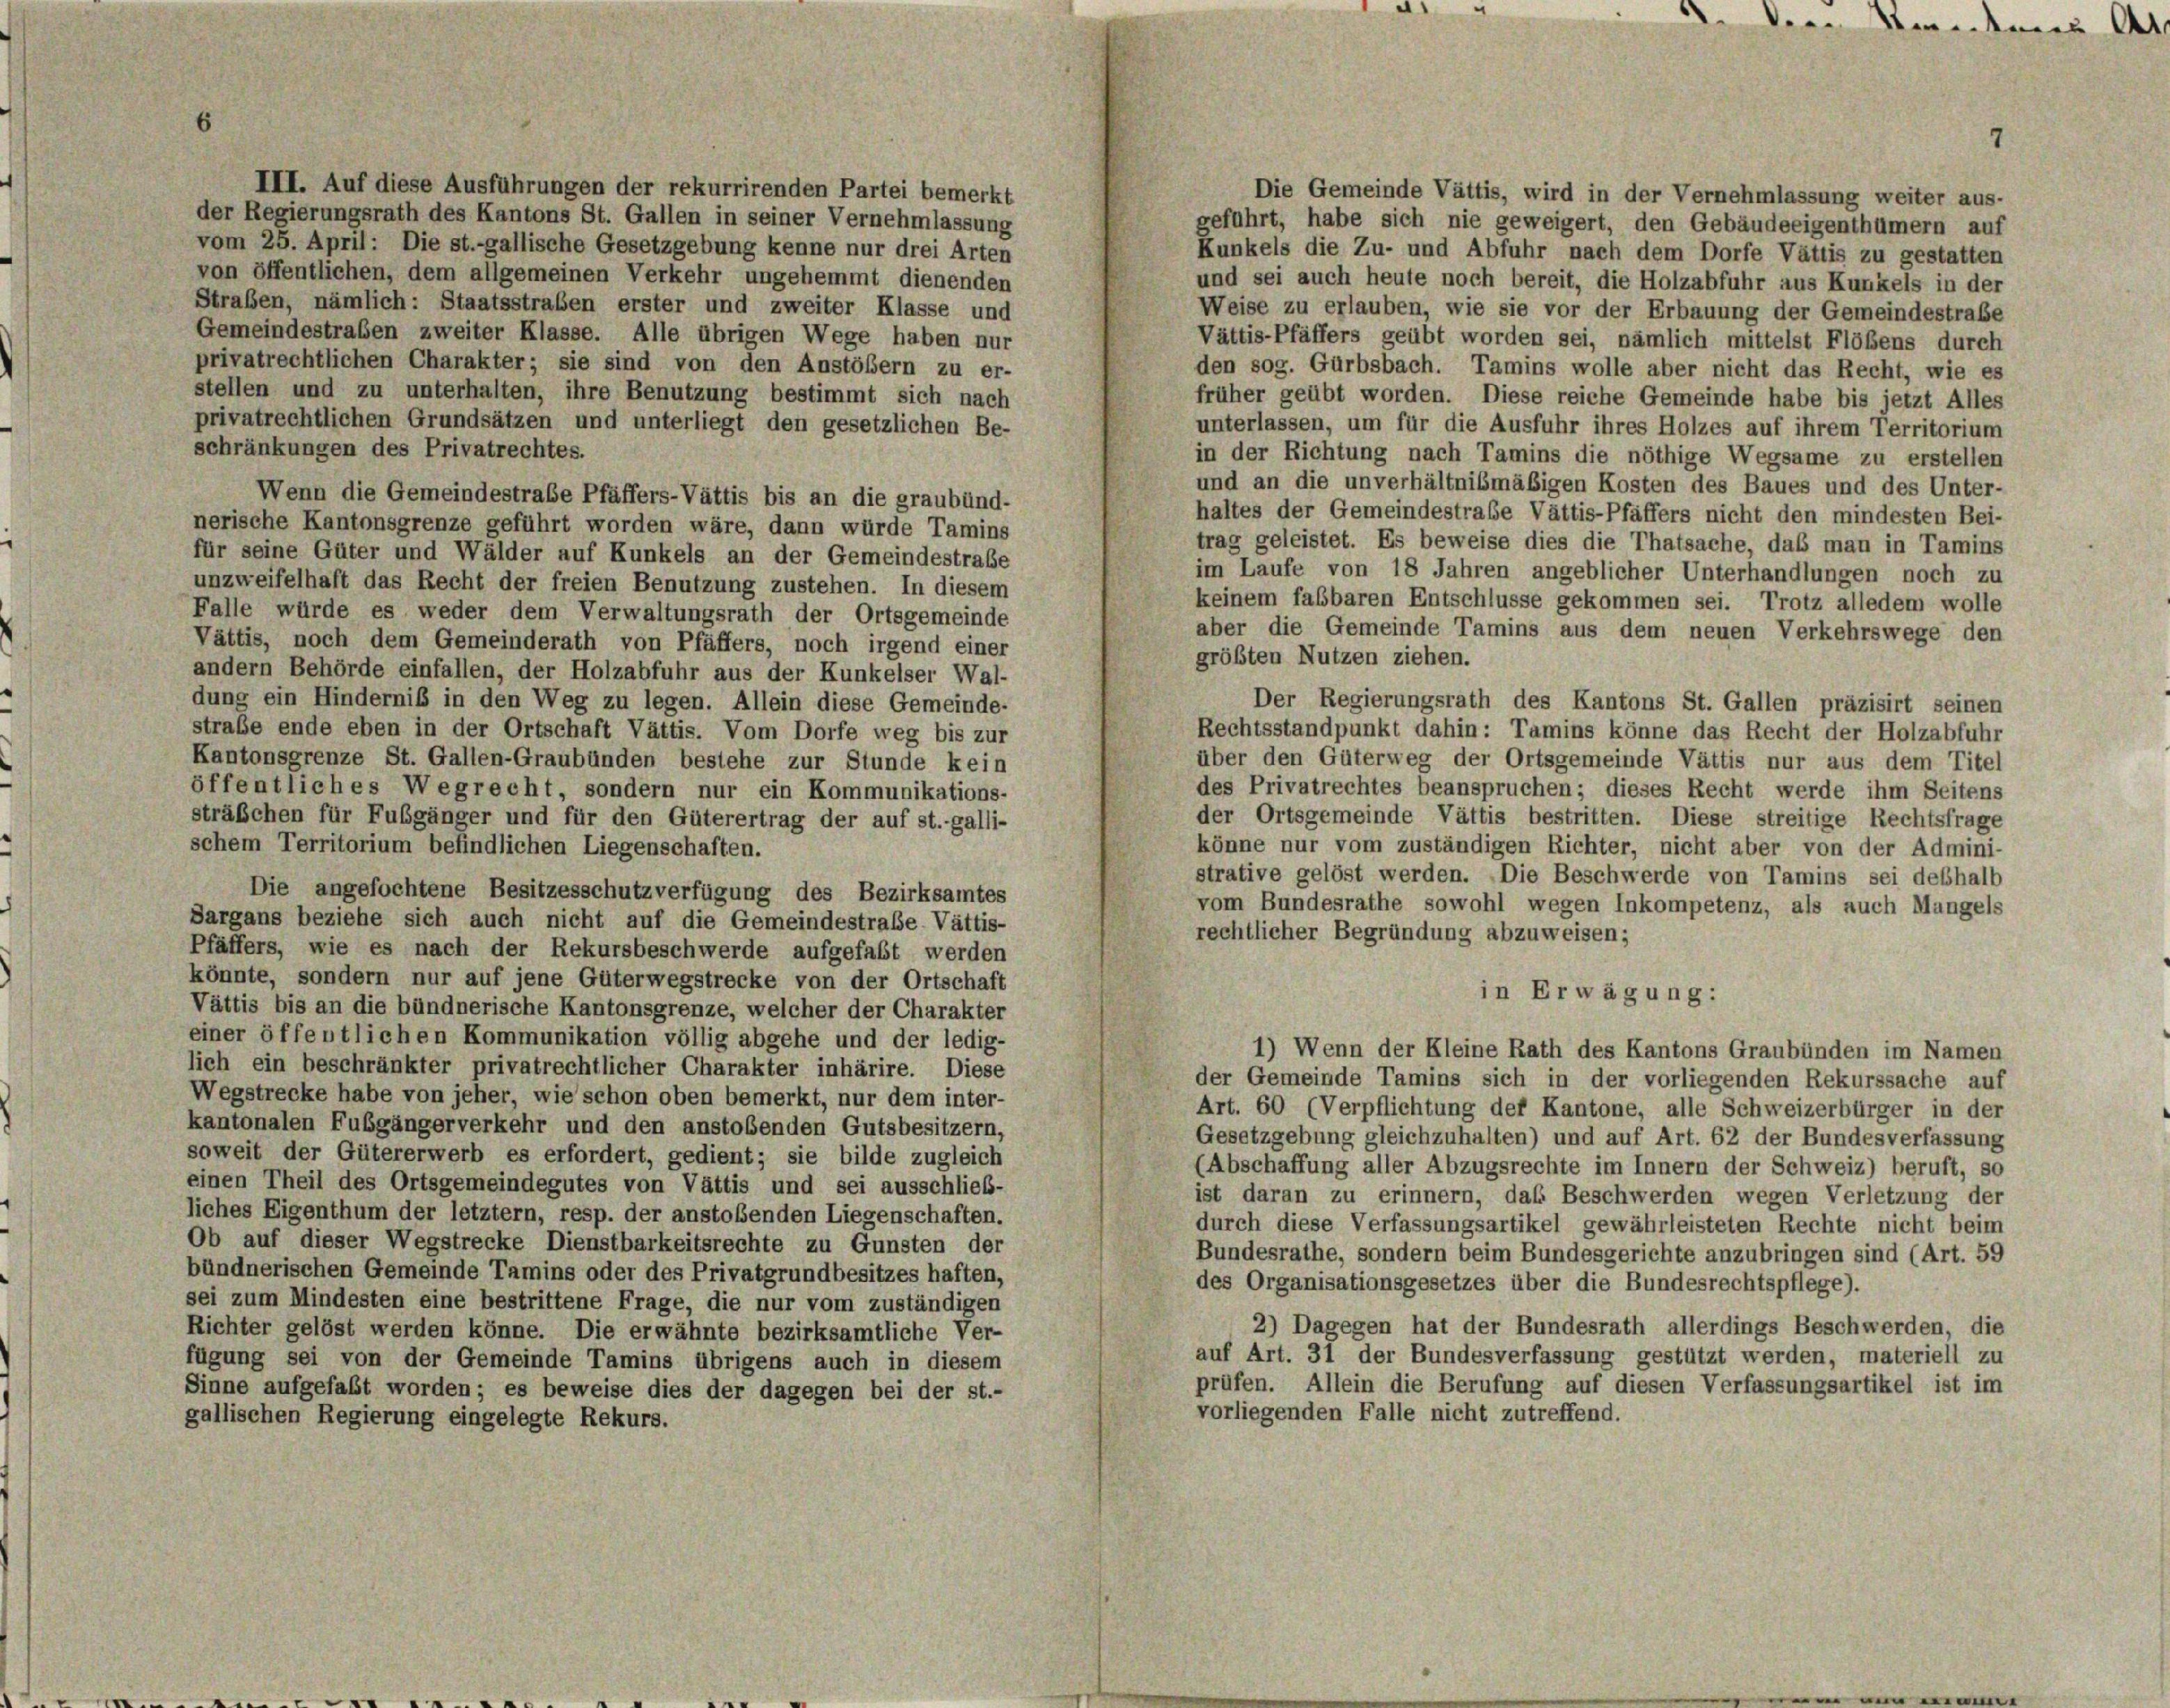
III. Auf diese Ausführungen der rekurrirenden Partei bemerkt

a

Die Gemeinde Vättis, wird in der Vernehmlassung weiter aus-
der Regierungsrath des Kantons St. Gallen in seiner Vernehmlassung
geführt, habe sich nie geweigert, den Gebäudeeigenthümern auf
vom 25. April: Die st.-gallische Gesetzgebung kenne nur drei Arten
Kunkels die Zu- und Abfuhr nach dem Dorfe Vättis zu gestatten
von öffentlichen, dem allgemeinen Verkehr ungehemmt dienenden
und sei auch heute noch bereit, die Holzabfuhr aus Kunkels in der
Straßen, nämlich: Staatsstraben erster und zweiter Klasse und
Weise zu erlauben, wie sie vor der Erbauung der Gemeindestrabe
Gemeindestraßen zweiter Klasse. Alle übrigen Wege haben nur
Vättis-Pfäffers geübt worden sei, nämlich mittelst Flößens durch
privatrechtlichen Charakter; sie sind von den Anstößern zu er-
den sog. Gürbsbach. Tamins wolle aber nicht das Recht, wie es
stellen und zu unterhalten, ihre Benutzung bestimmt sich nach
früher geübt worden. Diese reiche Gemeinde habe bis jetzt Alles
privatrechtlichen Grundsätzen und unterliegt den gesetzlichen Be-
unterlassen, um für die Ausfuhr ihres Holzes auf ihrem Territorium
schränkungen des Privatrechtes.
in der Richtung nach Tamins die nöthige Wegsame zu erstellen
und an die unverhältnismäßigen Kosten des Baues und des Unter-
Wenn die Gemeindestrabe Pfäffers-Vättis bis an die graubünd-
haltes der Gemeindestrafe Vättis-Pfäffers nicht den mindesten Bei-
nerische Kantonsgrenze geführt worden wäre, dann würde Tamins
trag geleistet. Es beweise dies die Thatsache, daß man in Tamins
für seine Güter und Wälder auf Kunkels an der Gemeindestraße
im Laufe von 18 Jahren angeblicher Unterhandlungen noch zu
unzweifelhaft das Recht der freien Benutzung zustehen. In diesem
keinem fabbaren Entschlüsse gekommen sei. Trotz alledem wolle
Falle würde es weder dem Verwaltungsrath der Ortsgemeinde
aber die Gemeinde Tamins aus dem neuen Verkehrswege den
Vättis, noch dem Gemeinderath von Pfäffers, noch irgend einer
größten Nutzen ziehen.
andern Behörde einfallen, der Holzabfuhr aus der Kunkelser Wal-
dung ein Hinderniß in den Weg zu legen. Allein diese Gemeinde-
Der Regierungsrath des Kantons St. Gallen präzisirt seinen
straße ende eben in der Ortschaft Vättis. Vom Dorfe weg bis zur
Rechtsstandpunkt dahin: Tamins könne das Recht der Holzabfuhr
Kantonsgrenze St. Gallen-Graubünden bestehe zur Stunde kein
über den Güterweg der Ortsgemeinde Vättis nur aus dem Titel
des Privatrechtes beanspruchen; dieses Recht werde ihm Seitens
öffentliches Wegrecht, sondern nur ein Kommunikations-
der Ortsgemeinde Vättis bestritten. Diese streitige Rechtsfrage
sträßchen für Fubgänger und für den Güterertrag der auf st. galli-
schem Territorium befindlichen Liegenschaften.
könne nur vom zuständigen Richter, nicht aber von der Admini-
strative gelöst werden. Die Beschwerde von Tamins sei deßhalb
Die angefochtene Besitzesschutzverfügung des Bezirksamtes
vom Bundesrathe sowohl wegen Inkompetenz, als auch Mangels
Sargans beziehe sich auch nicht auf die Gemeindestraße Vättis-
rechtlicher Begründung abzuweisen;
Pfäffers, wie es nach der Rekursbeschwerde aufgefaßt werden
könnte, sondern nur auf jene Güterwegstrecke von der Ortschaft
in Erwägung:
Vättis bis an die bündnerische Kantonsgrenze, welcher der Charakter
einer öffentlichen Kommunikation völlig abgehe und der ledig-
1) Wenn der Kleine Rath des Kantons Graubünden im Namen
lich ein beschränkter privatrechtlicher Charakter inhärire. Diese
der Gemeinde Tamins sich in der vorliegenden Rekurssache auf
Wegstrecke habe von jeher, wie schon oben bemerkt, nur dem inter-
Art. 60 (Verpflichtung der Kantone, alle Schweizerbürger in der
kantonalen Fubgängerverkehr und den anstobenden Gutsbesitzern,
Gesetzgebung gleichzuhalten) und auf Art. 62 der Bundesverfassung
soweit der Gütererwerb es erfordert, gedient; sie bilde zugleich
(Abschaffung aller Abzugsrechte im Innern der Schweiz) beruft, so
einen Theil des Ortsgemeindegutes von Vättis und sei ausschließ-
ist daran zu erinnern, daß Beschwerden wegen Verletzung der
liches Eigenthum der letztem, resp. der anstoßenden Liegenschaften.
durch diese Verfassungsartikel gewährleisteten Rechte nicht beim
Ob auf dieser Wegstrecke Dienstbarkeitsrechte zu Gunsten der
Bundesrathe, sondern beim Bundesgerichte anzubringen sind (Art. 59
bündnerischen Gemeinde Tamins oder des Privatgrundbesitzes haften,
des Organisationsgesetzes über die Bundesrechtspflege).
sei zum Mindesten eine bestrittene Frage, die nur vom zuständigen
2) Dagegen hat der Bundesrath allerdings Beschwerden, die
Richter gelöst werden könne. Die erwähnte bezirksamtliche Ver-
auf Art. 31 der Bundesverfassung gestützt werden, materiell zu
fügung sei von der Gemeinde Tamins übrigens auch in diesem
prüfen. Allein die Berufung auf diesen Verfassungsartikel ist im
Sinne aufgefaßt worden; es beweise dies der dagegen bei der st.-
vorliegenden Falle nicht zutreffend.
gallischen Regierung eingelegte Rekurs.

. Seidenen At

7